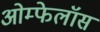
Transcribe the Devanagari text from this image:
ओम्फेलॉस